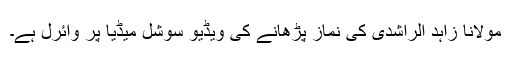
مولانا زاہد الراشدی کی نماز پڑھانے کی ویڈیو سوشل میڈیا پر وائرل ہے۔